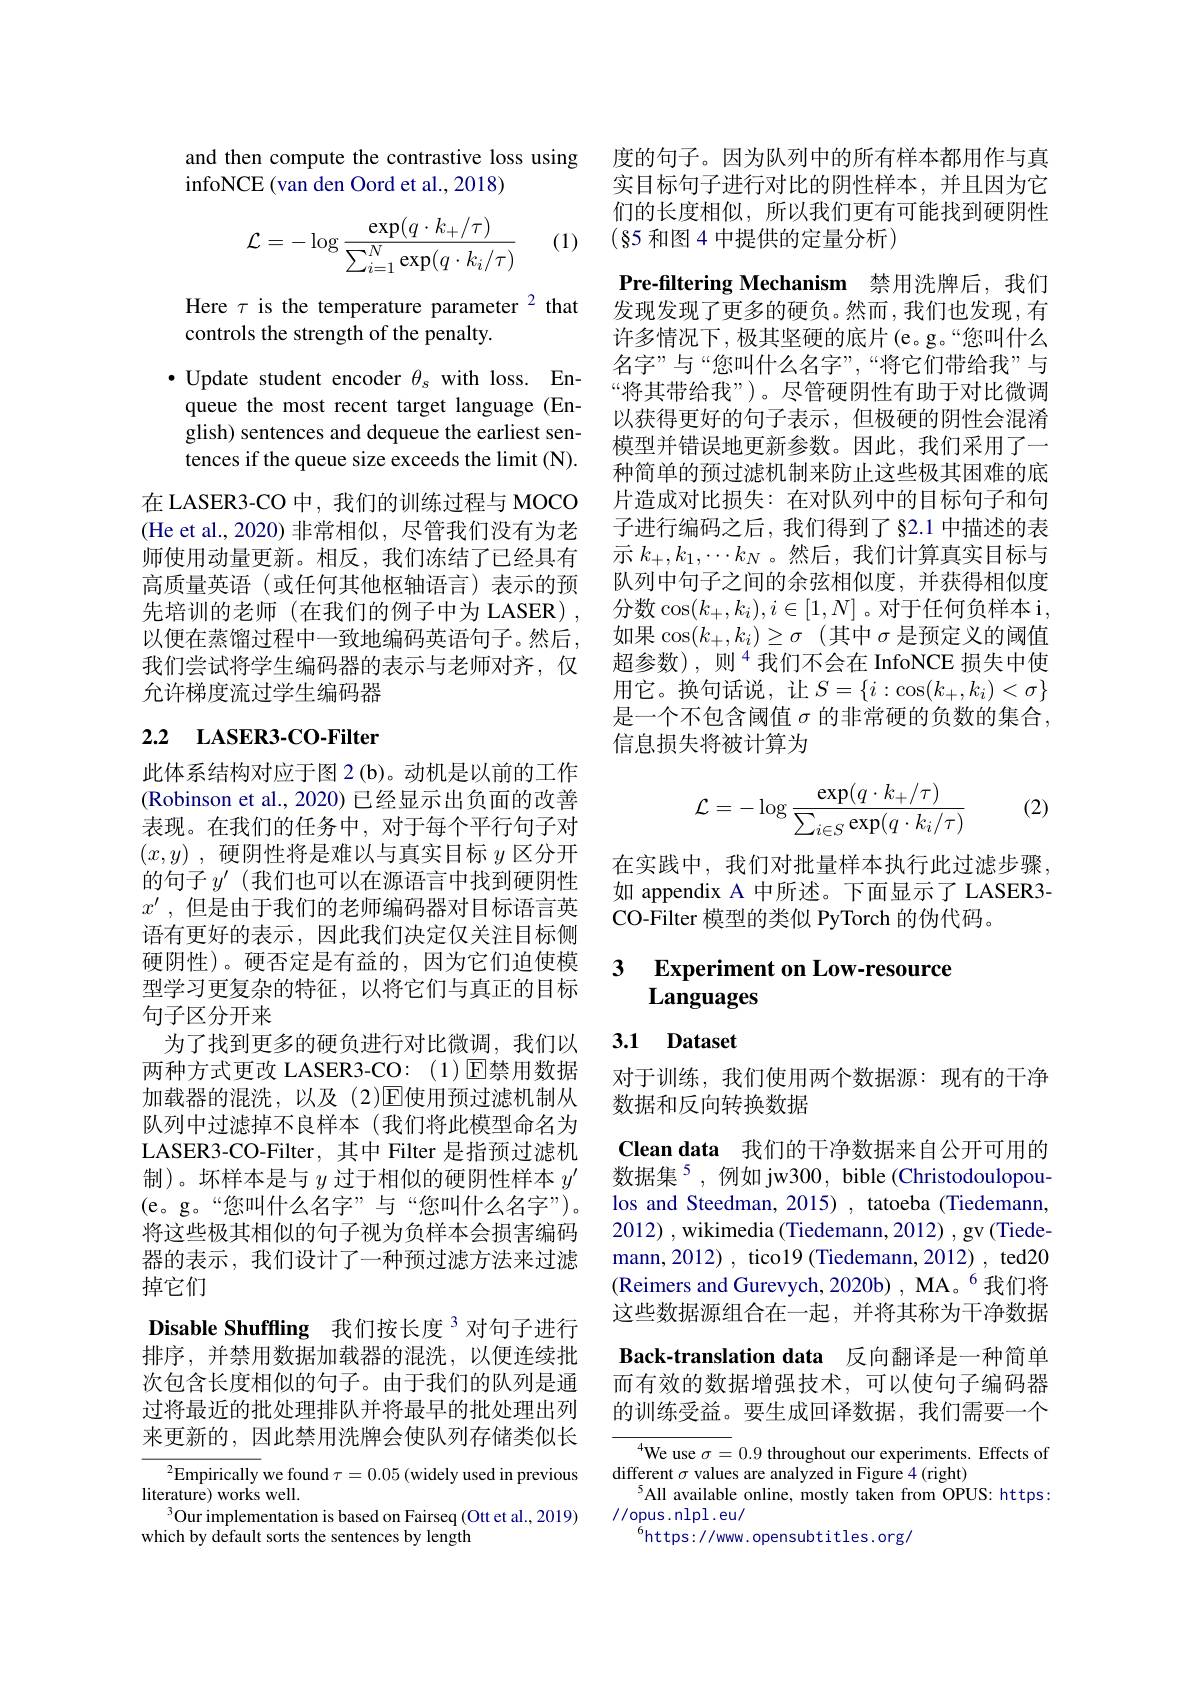
and then compute the contrastive loss using
infoNCE (van den Oord et al., 2018)

(1)
$$\mathcal{L}=-\log\frac{\exp(q\cdot k_+/\tau)}{\sum_{i=1}^N\exp(q\cdot k_i/\tau)}$$
Here $\tau$ is the temperature parameter $^2$ that
controls the strength of the penalty.

·Update student encoder $\theta_s$ with loss. En-
queue the most recent target language (English) sentences and dequeue the earliest sentences if the queue size exceeds the limit (N).

在 LASER3-CO 中，我们的训练过程与 MOCO (He et al.,2020)非常相似，尽管我们没有为老师使用动量更新。相反，我们冻结了已经具有高质量英语(或任何其他枢轴语言)表示的预先培训的老师(在我们的例子中为 LASER), 以便在蒸馏过程中一致地编码英语句子。然后， 我们尝试将学生编码器的表示与老师对齐，仅允许梯度流过学生编码器

# 2.2 LASER3-CO-Filter

此体系结构对应于图 2 (b)。动机是以前的工作(Robinson et al., 2020) 已经显示出负面的改善表现。在我们的任务中，对于每个平行句子对$( x, y)$ ,硬阴性将是难以与真实目标$y$区分开的句子$y^\prime$ (我们也可以在源语言中找到硬阴性$x^{\prime}$ ,但是由于我们的老师编码器对目标语言英语有更好的表示，因此我们决定仅关注目标侧硬阴性)。硬否定是有益的，因为它们迫使模型学习更复杂的特征，以将它们与真正的目标句子区分开来
为了找到更多的硬负进行对比微调，我们以两种方式更改 LASER3-CO:(1) $\mathbb{E}$禁用数据加载器的混洗，以及(2)☑使用预过滤机制从队列中过滤掉不良样本(我们将此模型命名为LASER3-CO-Filter, 其中 Filter 是指预过滤机制)。坏样本是与$y$过于相似的硬阴性样本$y^\prime$ (e。g。“您叫什么名字”与“您叫什么名字”)。将这些极其相似的句子视为负样本会损害编码器的表示，我们设计了一种预过滤方法来过滤掉它们
Disable Shuffling 我们按长度 3 对句子进行排序，并禁用数据加载器的混洗，以便连续批次包含长度相似的句子。由于我们的队列是通过将最近的批处理排队并将最早的批处理出列来更新的，因此禁用洗牌会使队列存储类似长
$^2$Empirically we found $\tau=0.05$ (widely used in previous
literature) works well.

$^{3}$Our implementation is based on Fairseq (Ott et al., 2019)
which by default sorts the sentences by length

度的句子。因为队列中的所有样本都用作与真实目标句子进行对比的阴性样本，并且因为它们的长度相似，所以我们更有可能找到硬阴性(85 和图 4 中提供的定量分析)

Pre-filtering Mechanism 禁用洗牌后，我们发现发现了更多的硬负。然而，我们也发现，有

许多情况下，极其坚硬的底片(e。g。“您叫什么名字”与“您叫什么名字”,“将它们带给我”与“将其带给我”)。尽管硬阴性有助于对比微调以获得更好的句子表示，但极硬的阴性会混淆模型并错误地更新参数。因此，我们采用了一种简单的预过滤机制来防止这些极其困难的底片造成对比损失：在对队列中的目标句子和句子进行编码之后，我们得到了§2.1 中描述的表示$k_+,k_1,\cdots k_N$ 。然后，我们计算真实目标与队列中句子之间的余弦相似度，并获得相似度分数$\cos(k_+,k_i),i\in[1,N]$。对于任何负样本 i, 如果$\cos ( k_+ , k_i) \geq \sigma$ (其中$\sigma$是预定义的阈值超参数),则$^{4}$我们不会在 InfoNCE 损失中使用它。换句话说，让$S=\{i:\cos(k_+,k_i)<\sigma\}$ 是一个不包含阈值$\sigma$的非常硬的负数的集合， 信息损失将被计算为

(2)
$$\mathcal{L}=-\log\frac{\exp(q\cdot k_+/\tau)}{\sum_{i\in S}\exp(q\cdot k_i/\tau)}$$
在实践中，我们对批量样本执行此过滤步骤， 如 appendix A 中所述。下面显示了 LASER3- CO-Filter 模型的类似 PyTorch 的伪代码。

## 3 Experiment on Low-resource Languages

# 3.1 Dataset

对于训练，我们使用两个数据源：现有的干净
数据和反向转换数据

Clean data 我们的干净数据来自公开可用的数据集$^{5}$,例如 jw300, bible (Christodoulopoulos and Steedman, 2015) , tatoeba (Tiedemann, 2012) , wikimedia (Tiedemann, 2012) , gv (Tiedemann, 2012) , tico19 (Tiedemann, 2012) , ted20 (Reimers and Gurevych, 2020b) , MA。$^6$我们将这些数据源组合在一起，并将其称为干净数据Back-translation data 反向翻译是一种简单而有效的数据增强技术，可以使句子编码器的训练受益。要生成回译数据，我们需要一个

$^{4}$We use $\sigma=0.9$ throughout our experiments. Effects of
different $\sigma$ values are analyzed in Figure 4 (right)
$^{5}$All available online, mostly taken from OPUS: https:
//opus.nlpl.eu/
$^{6}$https://www.opensubtitles.org/